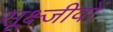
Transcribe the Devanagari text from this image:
सूक्ष्जीवों